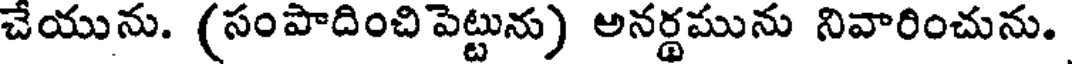
చేయును. (సంపాదించి పెట్టును) అనర్థమును నివారించును.